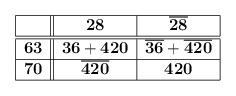
LaTeX: \begin{align*}\begin{tabular}{|c||c|c|} \hline&${\bf 28}$ &$\overline{\bf 28}$\\\hline\hline${\bf 63}$&${\bf 36}+{\bf 420}$&$\overline{\bf 36}+\overline{\bf 420}$\\\hline${\bf 70}$&$\overline{\bf 420}$&${\bf 420}$\\\hline\end{tabular}\end{align*}